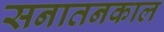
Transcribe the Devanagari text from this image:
सनातनकाल